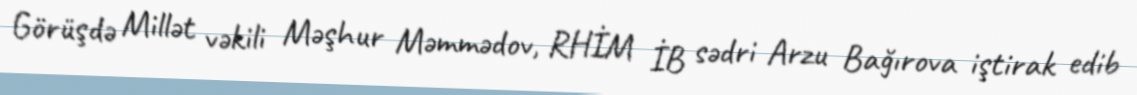
Görüşdə Millət vəkili Məşhur Məmmədov, RHİM İB sədri Arzu Bağırova iştirak edib